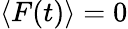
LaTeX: \langle F(t)\rangle=0